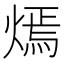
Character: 𤎄